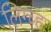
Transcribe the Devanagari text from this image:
लिग्च्ह